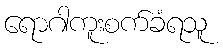
ရောဂါကူးစက်ခံရသူ